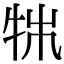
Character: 𤙍